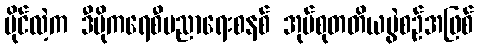
ပိုင်လဲ့က ဒီမိုကရေစီပညာရေးစနစ် အုပ်စုတတိယပွဲစဉ်အဖြစ်